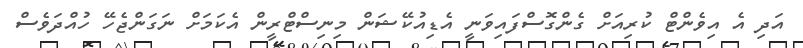
އަދި އެ އިވެންޓް ކުރިއަށް ގެންގޮސްފައިވަނީ އެޑިއުކޭޝަން މިނިސްޓްރީން އެކަމަށް ނަގަންޖެހޭ ހުއްދަވެސް